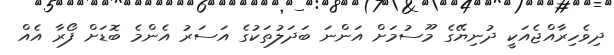
ދިވެހިރާއްޖެއަކީ ދުނިޔޭގެ މޫސުމަށް އަންނަ ބަދަލުތަކުގެ އަސަރު އެންމެ ބޮޑަށް ފޯރާ އެއް